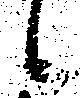
候